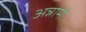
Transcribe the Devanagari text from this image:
अन्नामी